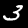
Label: 3